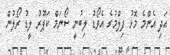
އަދި އެންމެ މޮޅު ފިލްމުގެ އެވޯޑު ލިބުނީ ސޯނަމް ކަޕޫރު ލީޑު ރޯލުން